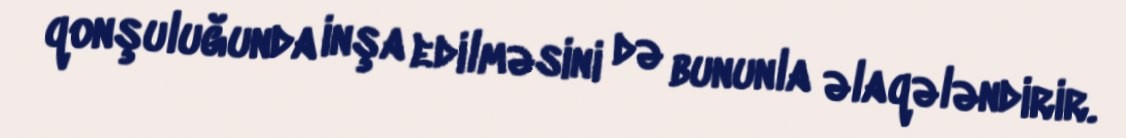
qonşuluğunda inşa edilməsini də bununla əlaqələndirir.